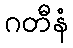
ဂတီနံ